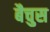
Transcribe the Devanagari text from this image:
बैचुस